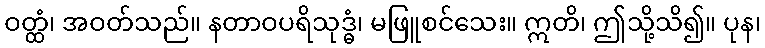
ဝတ္ထံ၊ အဝတ်သည်။ နတာဝပရိသုဒ္ဓံ၊ မဖြူစင်သေး။ ဣတိ၊ ဤသို့သိ၍။ ပုန၊